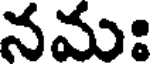
నమః